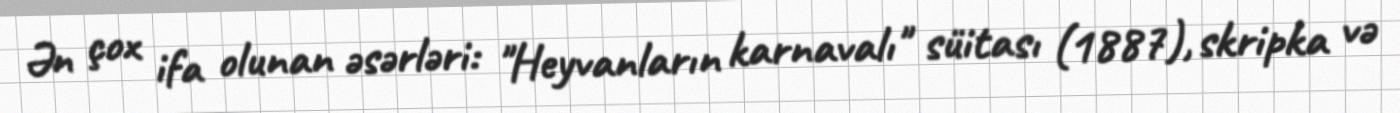
Ən çox ifa olunan əsərləri: "Heyvanların karnavalı" süitası (1887), skripka və